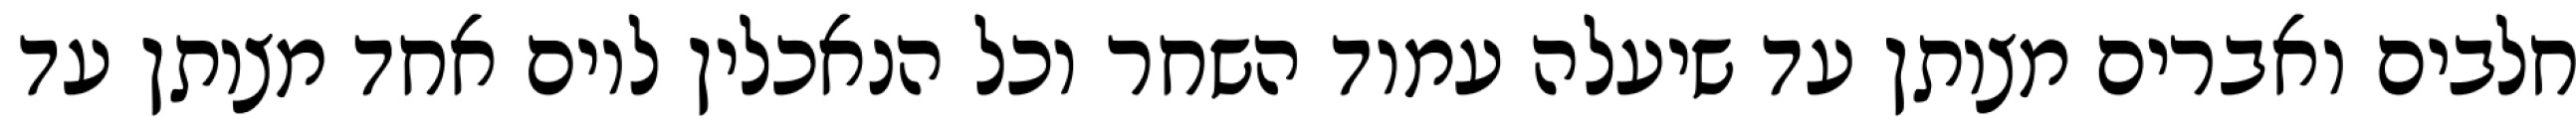
חלבים ואברים מצותן עד שיעלה עמוד השחר וכל הנאכלין ליום אחד מצותן עד